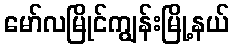
မော်လမြိုင်ကျွန်းမြို့နယ်